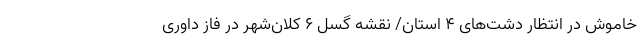
خاموش در انتظار دشت‌های ۴ استان/ نقشه گسل ۶ کلان‌شهر در فاز داوری